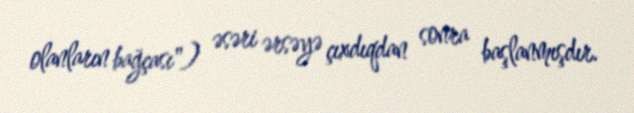
olanların bağçası") əsəri ərsəyə çıxdıqdan sonra başlanmışdır.